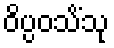
ဝိပ္ပဝသိံသု